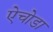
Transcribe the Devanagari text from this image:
ऐचोडा